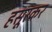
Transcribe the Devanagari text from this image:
हसूरकर